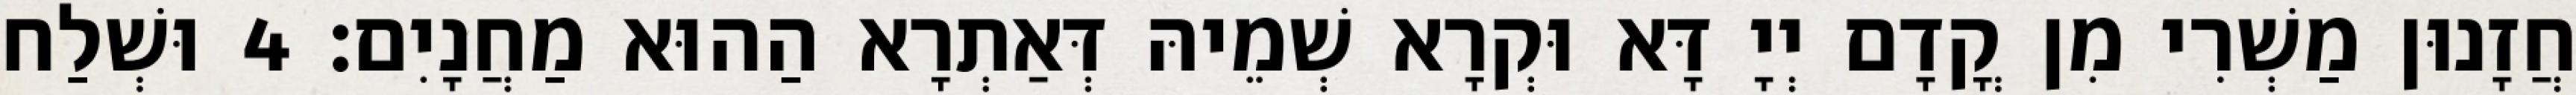
חֲזָנוּן מַשְׁרִי מִן קֳדָם יְיָ דָּא וּקְרָא שְׁמֵיהּ דְּאַתְרָא הַהוּא מַחֲנָיִם׃ 4 וּשְׁלַח